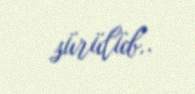
sürülüb..